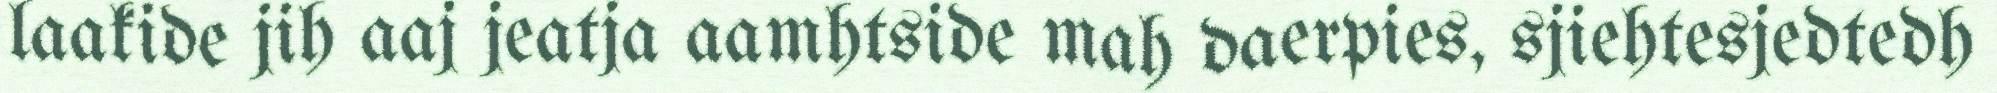
laakide jih aaj jeatja aamhtside mah daerpies, sjiehtesjedtedh